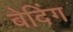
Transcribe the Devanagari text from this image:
बेदिंग